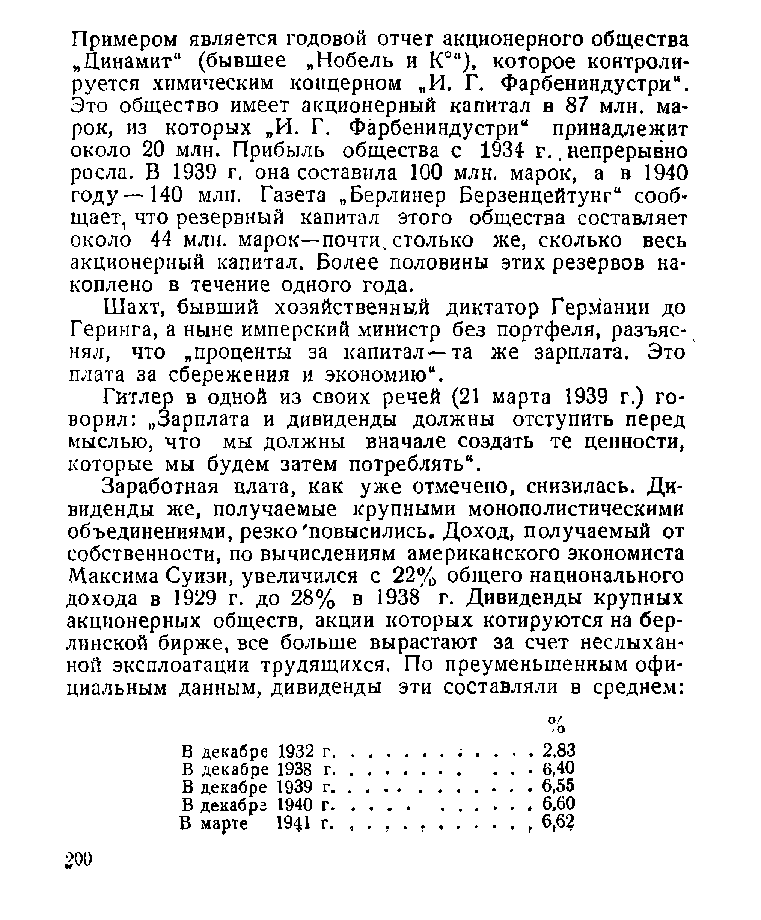
Примером является годовой отчет акционерного общества
 „Динамит“ (бывшее „Нобель и К0“), которое контроли­
 руется химическим концерном „И. Г. Фарбениндустри“.
 Это общество имеет акционерный капитал в 87 млн. ма­
 рок, из которых „И. Г. Фарбениндустри“ принадлежит
 около 20 млн. Прибыль общества с 1934 г.. непрерывно
 росла. В 1939 г. она составила 100 млн. марок, а в 1940
 году—140 млн. Газета „Берлинер Берзенцейтунг“ сооб­
 щает, что резервный капитал этого общества составляет
 около 44 млн. марок—почти, столько же, сколько весь
 акционерный капитал. Более половины этих резервов на­
 коплено в течение одного года.
 Шахт, бывший хозяйственный диктатор Германии до
 Геринга, а ныне имперский министр без портфеля, разъяс­
 нял, что „проценты за капитал—та же зарплата. Это
 плата за сбережения и экономию“.
 Гитлер в одной из своих речей (21 марта 1939 г.) го­
 ворил: „Зарплата и дивиденды должны отступить перед
 мыслью, что мы должны вначале создать те ценности,
 которые мы будем затем потреблять“.
 Заработная плата, как уже отмечено, снизилась. Ди­
 виденды же, получаемые крупными монополистическими
 объединениями, резко'повысились. Доход, получаемый от
 собственности, по вычислениям американского экономиста
 Максима Суизи, увеличился с 22% общего национального
 дохода в 1929 г. до 28% в 1938 г. Дивиденды крупных
 акционерных обществ, акции которых котируются на бер­
 линской бирже, все больше вырастают за счет неслыхан­
 ной эксплоатации трудящихся. По преуменьшенным офи­
 циальным данным, дивиденды эти составляли в среднем:
 В декабре 1932 г...............................; . . . . 2,83
 В декабре 1938 г..........................................................6,40
 В декабре 1939 г..........................................................6,55
 В декабре 1940 г...................................................... 6,60
 В марте 1941 г. , . , . .........................., 6,62
 201)